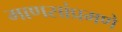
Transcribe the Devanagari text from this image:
माणसांप्रमणे